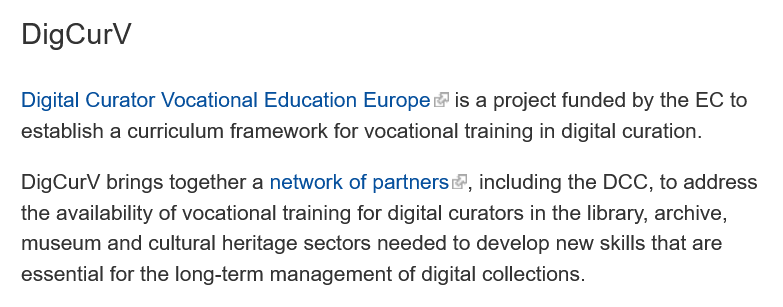
DigCurV
   Digital Curator Vocational Education Europe is a project funded by the EC to
   establish a curriculum framework for vocational training in digital curation.
   DigCurV  brings together a network of partners, including the DCC, to address
   the availability of vocational training for digital curators in the library, archive,
   museum   and cultural heritage sectors needed to develop new skills that are
   essential for the long-term management of digital collections.